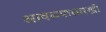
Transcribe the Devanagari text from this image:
आवळ्यासारखी